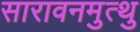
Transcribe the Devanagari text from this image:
सारावनमुत्थु